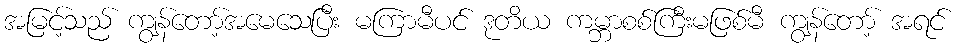
အမြင့်သည် ကျွန်တော့်အမေသေပြီး မကြာမီပင် ဒုတိယ ကမ္ဘာစစ်ကြီးမဖြစ်မီ ကျွန်တော့် အရင်